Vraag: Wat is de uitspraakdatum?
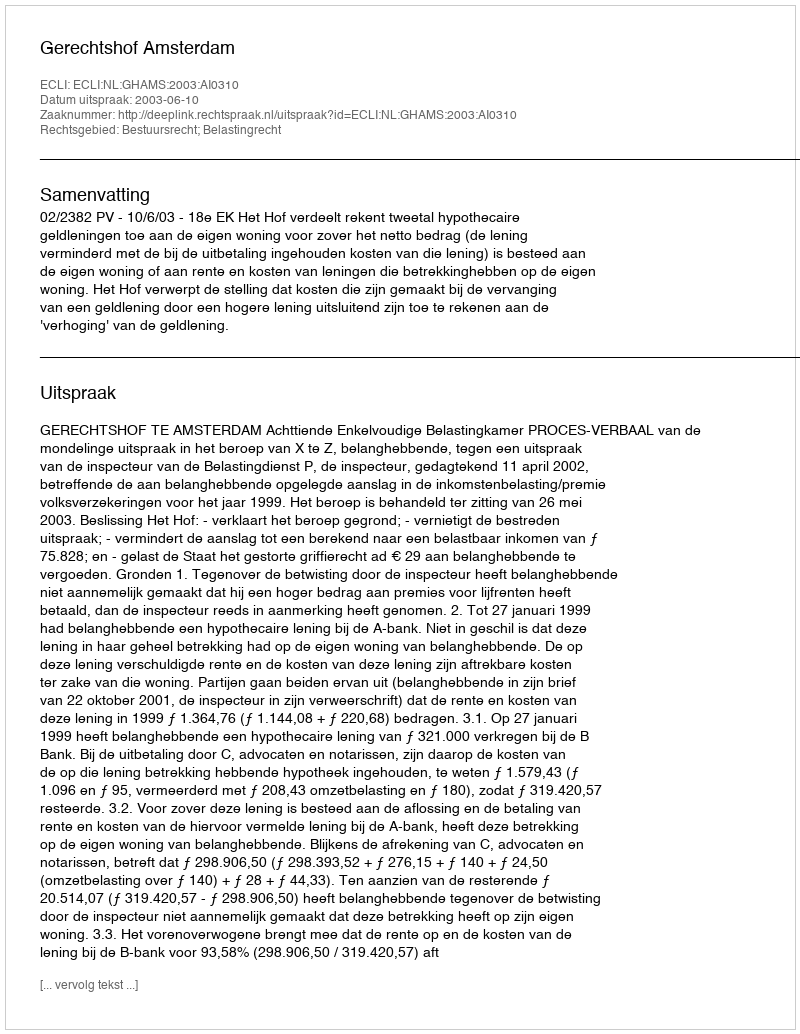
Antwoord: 2003-06-10